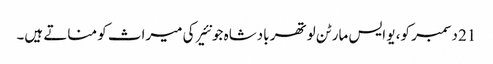
21 دسمبر کو، یو ایس مارٹن لوتھر بادشاہ جونئیر کی میراث کو مناتے ہیں۔